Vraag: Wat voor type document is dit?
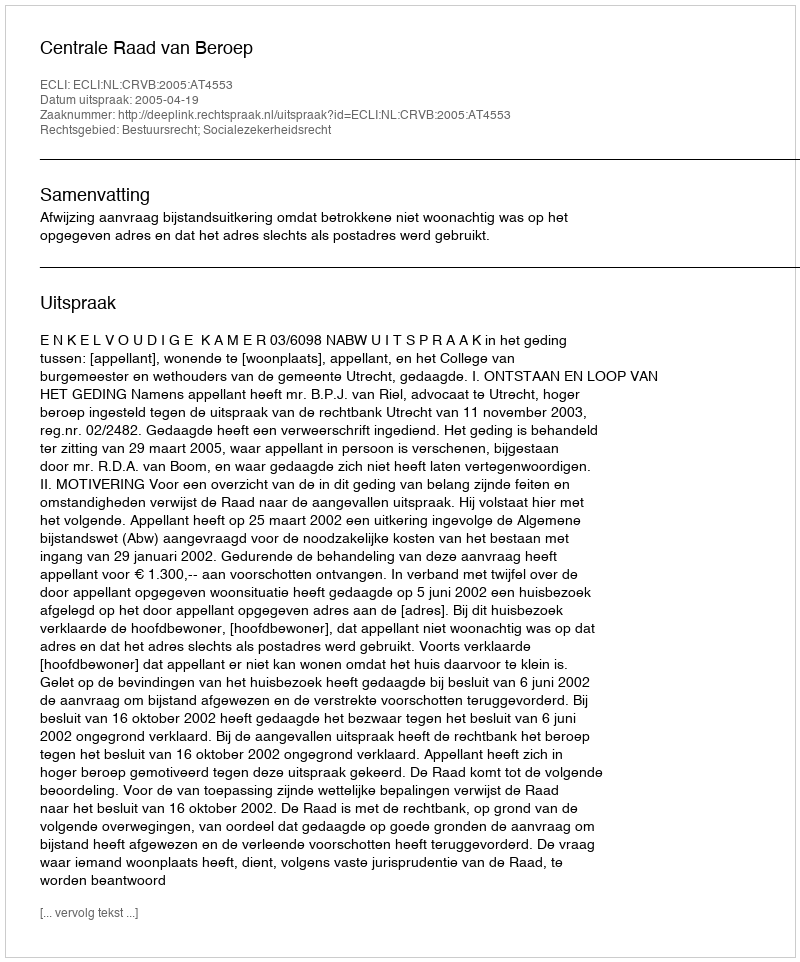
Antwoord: Uitspraak